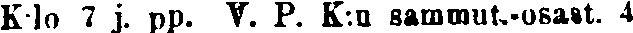
Klo 7 j. pp. V. P. K:u sammut.-osast. 4